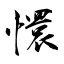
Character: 懁